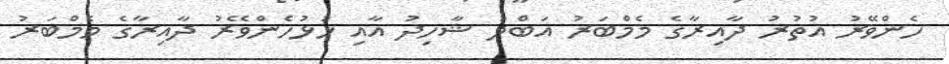
ހެންވޭރު އުތުރު ދާއިރާގެ މެމްބަރު އަބްދު ޝާހިދު އާއި ހުޅުހެންވޭރު ދާއިރާގެ މެމްބަރު